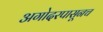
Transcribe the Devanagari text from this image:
अगोदरपासूनच